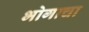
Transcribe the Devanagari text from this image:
भोगाचा